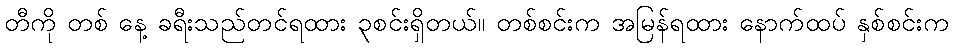
တီကို တစ် နေ့ ခရီးသည်တင်ရထား ၃စင်းရှိတယ်။ တစ်စင်းက အမြန်ရထား နောက်ထပ် နှစ်စင်းက